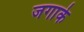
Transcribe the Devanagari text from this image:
जगाके